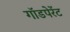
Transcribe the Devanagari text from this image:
गॉडपेरेंट